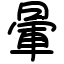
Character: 暈